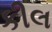
કીલ